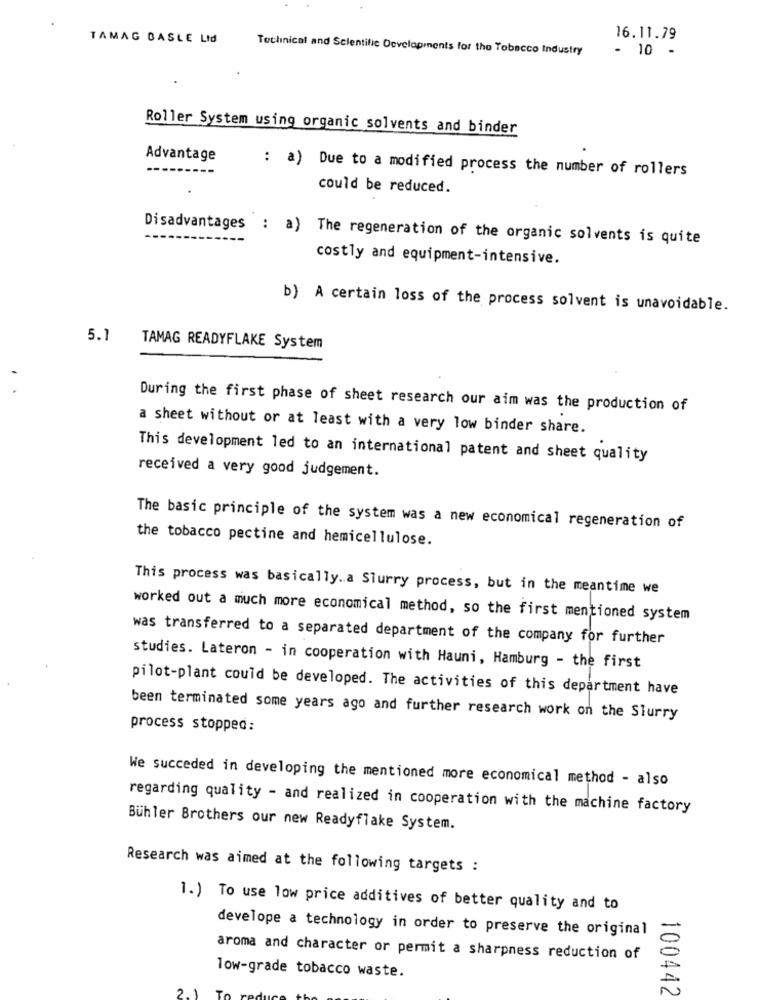
TAMAG BASLE Lid
16.11.79
Toclinical and Scientific Developments for the Tobacco Industry
- 10 -
Roller System using organic solvents and binder
Advantage
: a) Due to a modified process the number of rollers
could be reduced.
Disadvantages : a) The regeneration of the organic solvents is quite
costly and equipment-intensive.
b) A certain loss of the process solvent is unavoidable.
5.1
TAMAG READYFLAKE System
During the first phase of sheet research our aim was the production of
a sheet without or at least with a very low binder share.
This development led to an international patent and sheet quality
received a very good judgement.
The basic principle of the system was a new economical regeneration of
the tobacco pectine and hemicellulose.
This process was basically .. a Slurry process, but in the meantime we
worked out a much more economical method, so the first mentioned system
was transferred to a separated department of the company for further
studies. Lateron - in cooperation with Hauni, Hamburg - the first
pilot-plant could be developed. The activities of this department have
been terminated some years ago and further research work on the Slurry
process stopped:
We succeded in developing the mentioned more economical method - also
regarding quality - and realized in cooperation with the machine factory
Bühler Brothers our new Readyflake System.
Research was aimed at the following targets :
1.) To use low price additives of better quality and to
develope a technology in order to preserve the original
aroma and character or permit a sharpness reduction of
low-grade tobacco waste.
100442